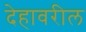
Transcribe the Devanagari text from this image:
देहावरील